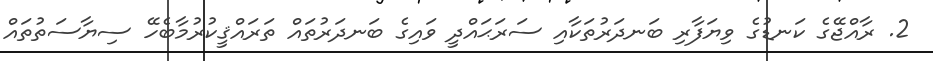
2. ރާއްޖޭގެ ކަނޑުގެ ވިޔަފާރި ބަނދަރުތަކާއި ސަރަޙައްދީ ވައިގެ ބަނދަރުތައް ތަރައްޤީކުރުމާބެހޭ ސިޔާސަތުތައް